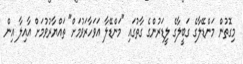
މިގޮތުން މަންޑޭލާގެ ގަބީލާގެ ލީޑަރުންގެ ގާތުގައި "މަންޑޭލާ އަވަހާރަވުމަށް" ތައްޔާރުވުމަށް އާއިލާ އިން